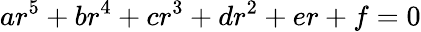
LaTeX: ar^{5}+br^{4}+cr^{3}+dr^{2}+er+f=0